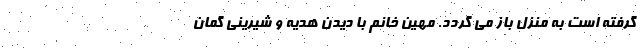
گرفته است به منزل باز می گردد. مهین خانم با دیدن هدیه و شیرینی گمان